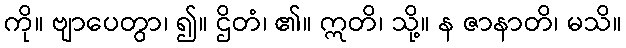
ကို။ ဗျာပေတွာ၊ ၍။ ဌိတံ၊ ၏။ ဣတိ၊ သို့။ န ဇာနာတိ၊ မသိ။